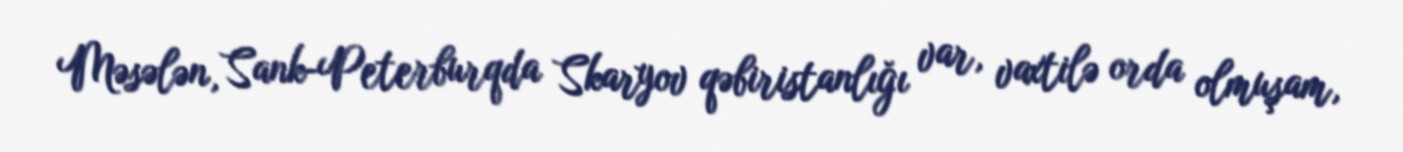
Məsələn, Sank-Peterburqda Skaryov qəbiristanlığı var, vaxtilə orda olmuşam,